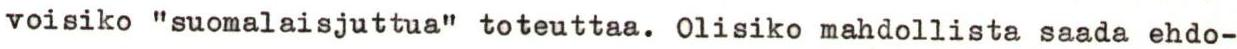
voisiko "suomalaisjuttua" toteuttaa. Olisiko mahdollista saada ehdo-